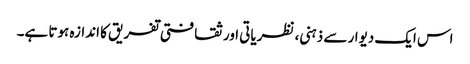
اس ایک دیوار سے ذہنی، نظریاتی اور ثقافتی تفریق کا اندازہ ہوتا ہے۔